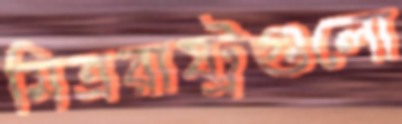
মিত্ররাষ্ট্রগুলো